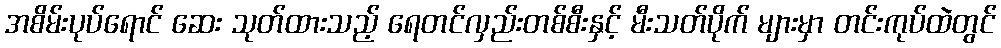
အစိမ်းပုပ်ရောင် ဆေး သုတ်ထားသည့် ရေတင်လှည်းတစ်စီးနှင့် မီးသတ်ပိုက် များမှာ တင်းကုပ်ထဲတွင်